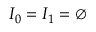
I _ { 0 } = I _ { 1 } = \emptyset